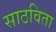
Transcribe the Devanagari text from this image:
साठविता